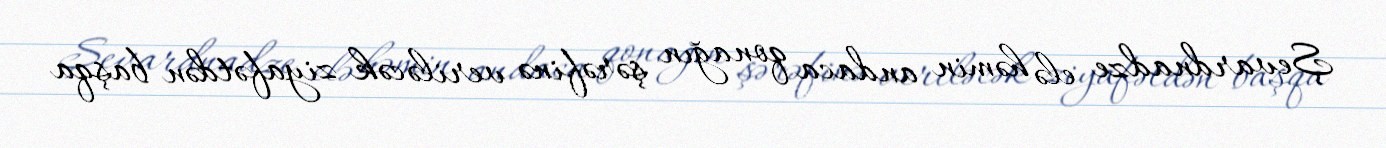
Şevardnadze elə həmin andaca qonağın şərəfinə veriləcək ziyafətdən başqa